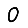
Digit: 0